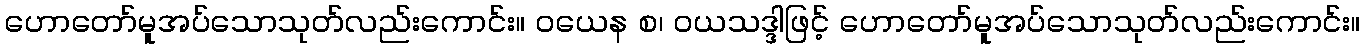
ဟောတော်မူအပ်သောသုတ်လည်းကောင်း။ ဝယေန စ၊ ဝယသဒ္ဒါဖြင့် ဟောတော်မူအပ်သောသုတ်လည်းကောင်း။